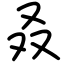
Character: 叒